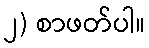
၂) စာဖတ်ပါ။